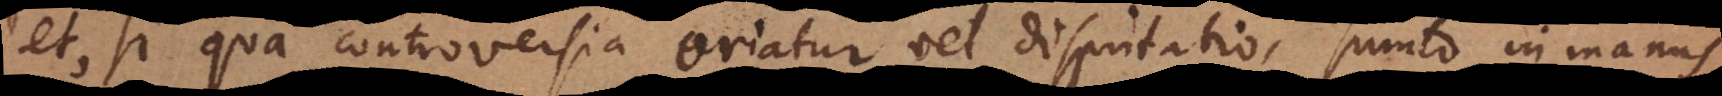
et, si qua controversia oriatur vel disputatio, sumto in manus